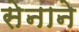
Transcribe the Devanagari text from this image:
सेनाने